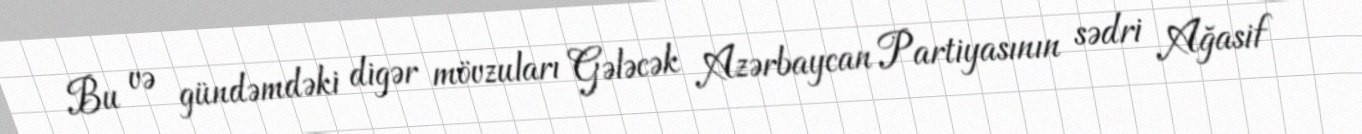
Bu və gündəmdəki digər mövzuları Gələcək Azərbaycan Partiyasının sədri Ağasif